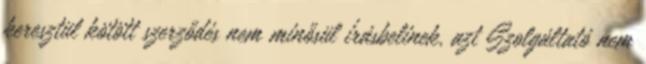
keresztül kötött szerződés nem minősül írásbelinek, azt Szolgáltató nem